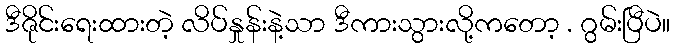
ဒီဇိုင်းရေးထားတဲ့ လိပ်နှုန်းနဲ့သာ ဒီကားသွားလို့ကတော့ . ဂွမ်းပြီပဲ။